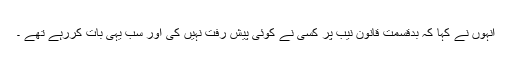
انہوں نے کہا کہ بدقسمت قانون نیب پر کسی نے کوئی پیش رفت نہیں کی اور سب یہی بات کررہے تھے ۔